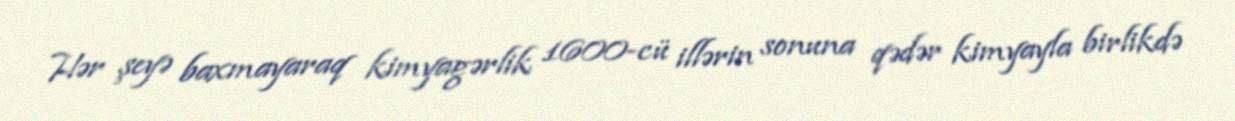
Hər şeyə baxmayaraq kimyagərlik 1600-cü illərin sonuna qədər kimyayla birlikdə